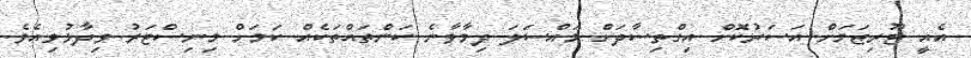
އެއީ ޓޫރިޒަމަށް އަސަރުކޮށް އިގްތިސާދަށް މައްސަލަ ދިމާވާނެ ކަންތައްތަކެއް ކަމަށް މިނިސްޓަރު ވިދާޅުވިއެވެ.